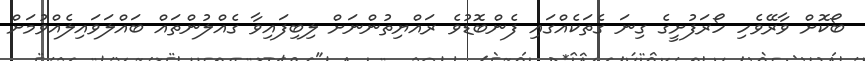
ބޯކޮށް ވާރޭވެހި ހޯރަފުށީގެ ގިނަ ގެތަކެއްގައި ފެންބޮޑުވެ ރައްޔިތުންނަށް ލިބިފައިވާ ގެއްލުންތައް ބައްލަވައިލެއްވުމަށް